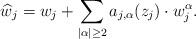
LaTeX: \begin{align*}\widehat{w}_j=w_j+\sum_{|\alpha|\geq 2}a_{j, \alpha}(z_j)\cdot w_j^\alpha. \end{align*}